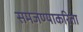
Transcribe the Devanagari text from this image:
समजण्याकरिता